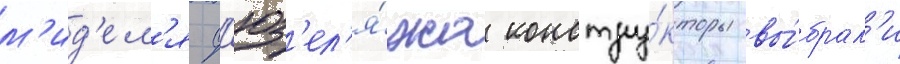
м'ид'ел'я ф'юз'ел'я́жа констру́кторы вы́брал'и